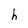
Character: h